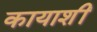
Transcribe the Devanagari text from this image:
कायाशीं